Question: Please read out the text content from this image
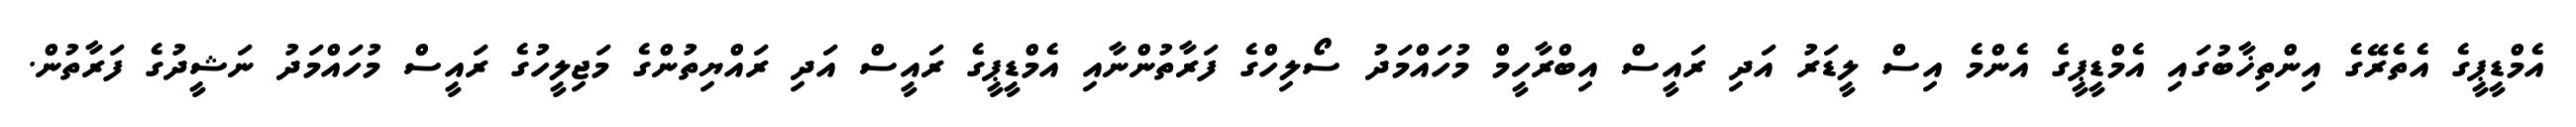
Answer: އެމްޑީޕީގެ އެތެރޭގެ އިންތިޚާބުގައި އެމްޑީޕީގެ އެންމެ އިސް ލީޑަރު އަދި ރައީސް އިބްރާހީމް މުހައްމަދު ސޯލިހްގެ ފަރާތުންނާއި އެމްޑީޕީގެ ރައީސް އަދި ރައްޔިތުންގެ މަޖިލީހުގެ ރައީސް މުހައްމަދު ނަޝީދުގެ ފަރާތުން.